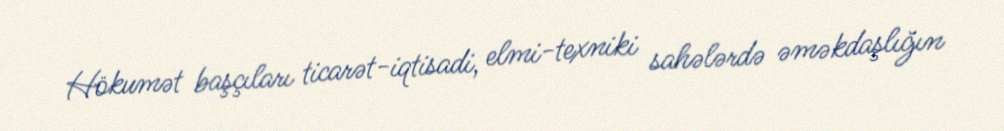
Hökumət başçıları ticarət-iqtisadi, elmi-texniki sahələrdə əməkdaşlığın